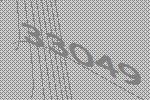
33049